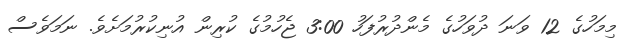
މިމަހުގެ 12 ވަނަ ދުވަހުގެ މެންދުރުފަހު 3:00 ޖެހުމުގެ ކުރިން އުނިކުރުމަށެވެ. ނަމަވެސް